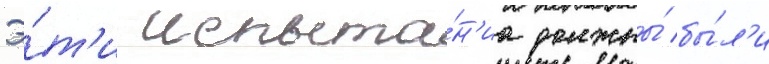
Э́т'и испыта́н'иа должны́ бы́л'и